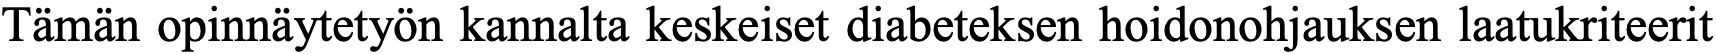
Tämän opinnäytetyön kannalta keskeiset diabeteksen hoidonohjauksen laatukriteerit